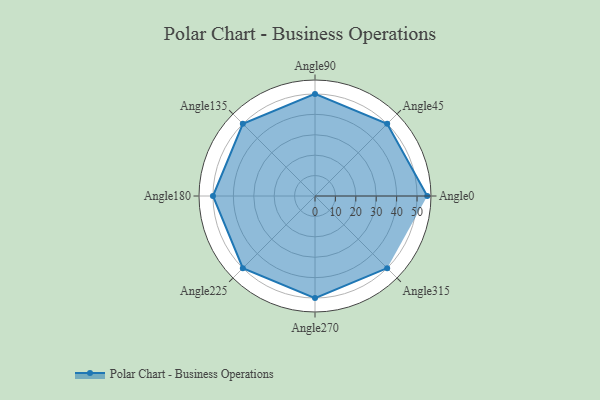
{"axis": {"x": "Angle", "y": "Radius"}, "legend": [""], "data": [{"x": "Angle0", "y": 55.0, "type": ""}, {"x": "Angle45", "y": 50, "type": ""}, {"x": "Angle90", "y": 50, "type": ""}, {"x": "Angle135", "y": 50, "type": ""}, {"x": "Angle180", "y": 50, "type": ""}, {"x": "Angle225", "y": 50, "type": ""}, {"x": "Angle270", "y": 50, "type": ""}, {"x": "Angle315", "y": 50, "type": ""}]}